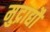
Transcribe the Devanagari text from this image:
मुद्राद्यौ